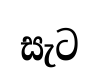
සැට